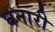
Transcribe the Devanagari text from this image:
घनारी